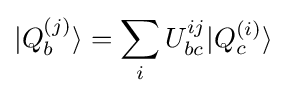
|Q_{b}^{(j)}\rangle =\sum _{i}U_{bc}^{ij}|Q_{c}^{(i)}\rangle